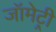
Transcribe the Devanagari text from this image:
जॉमेट्री